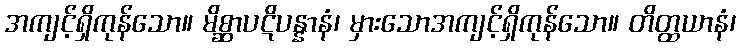
အကျင့်ရှိကုန်သော။ မိစ္ဆာပဋိပန္နာနံ၊ မှားသောအကျင့်ရှိကုန်သော။ တိတ္ထယာနံ၊